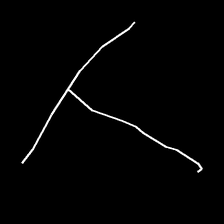
Glyph: column